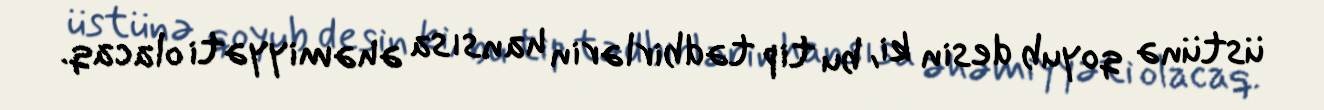
üstünə qoyub desin ki, bu tip tədbirlərin hansısa əhəmiyyəti olacaq.